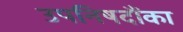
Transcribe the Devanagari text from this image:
उपनिषदौंका